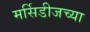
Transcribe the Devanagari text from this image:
मर्सिडीजच्या